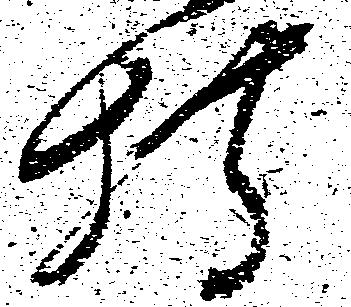
持